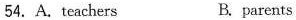
54. A.teachers B. parents